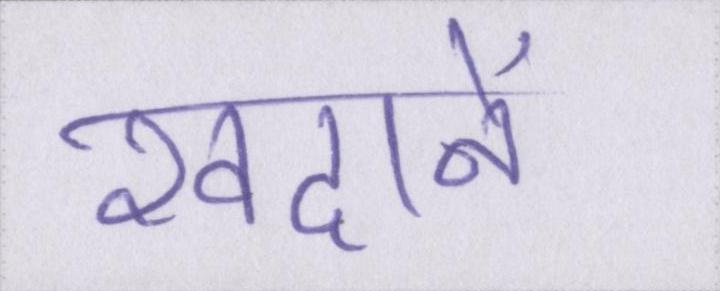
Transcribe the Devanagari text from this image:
खदानें